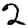
Digit: 2